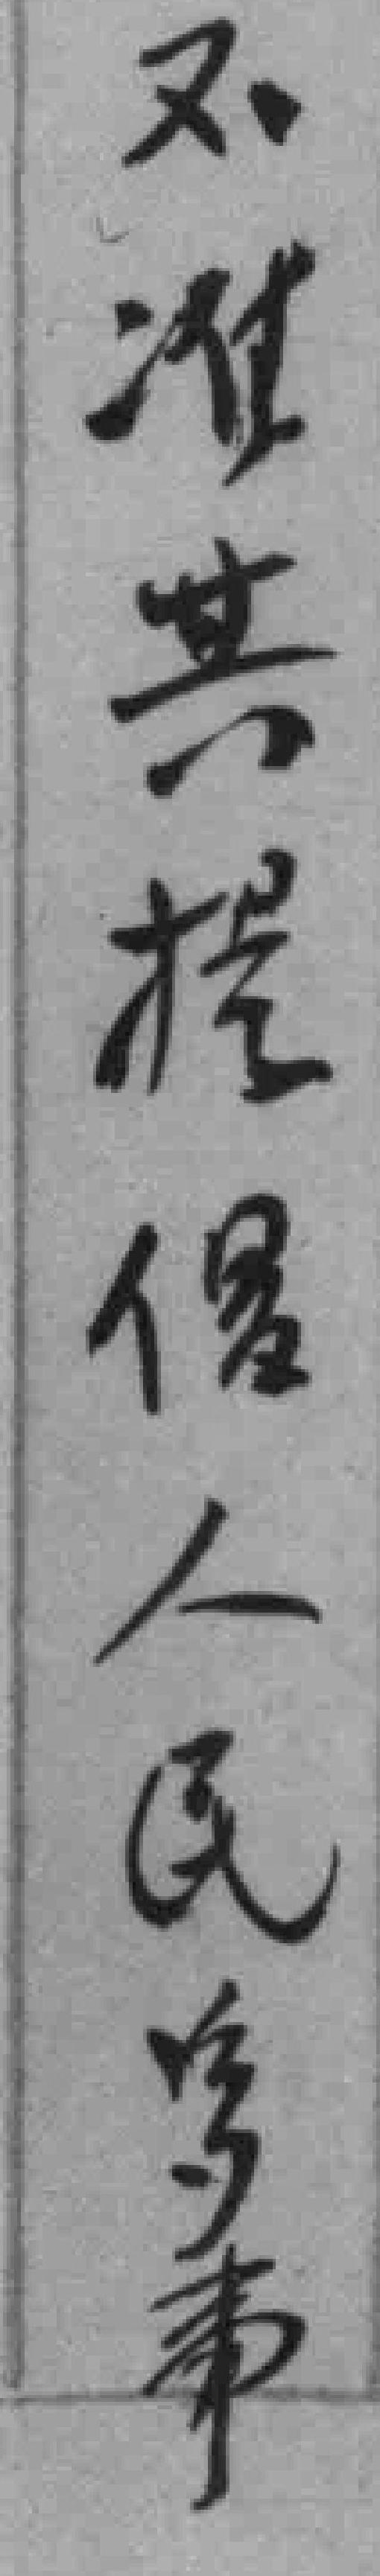
不准其提倡人民多事